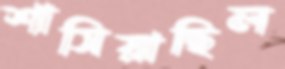
শাসিয়াছিল